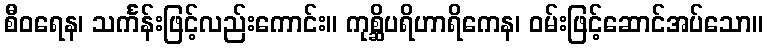
စီဝရေန၊ သင်္ကန်းဖြင့်လည်းကောင်း။ ကုစ္ဆိပရိဟာရိကေန၊ ဝမ်းဖြင့်ဆောင်အပ်သော။